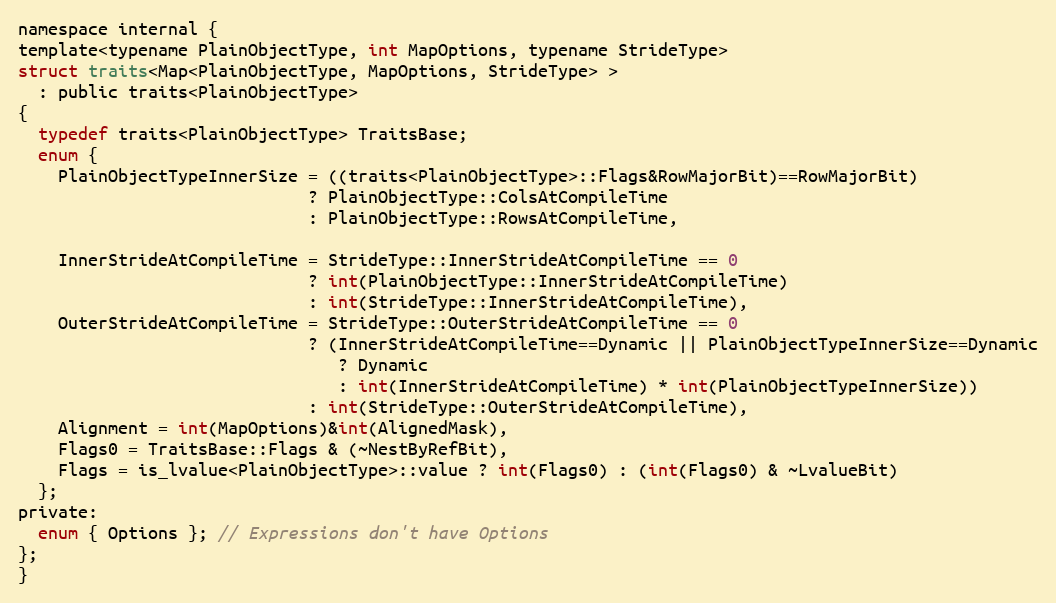
Language: C
namespace internal {
template<typename PlainObjectType, int MapOptions, typename StrideType>
struct traits<Map<PlainObjectType, MapOptions, StrideType> >
  : public traits<PlainObjectType>
{
  typedef traits<PlainObjectType> TraitsBase;
  enum {
    PlainObjectTypeInnerSize = ((traits<PlainObjectType>::Flags&RowMajorBit)==RowMajorBit)
                             ? PlainObjectType::ColsAtCompileTime
                             : PlainObjectType::RowsAtCompileTime,

    InnerStrideAtCompileTime = StrideType::InnerStrideAtCompileTime == 0
                             ? int(PlainObjectType::InnerStrideAtCompileTime)
                             : int(StrideType::InnerStrideAtCompileTime),
    OuterStrideAtCompileTime = StrideType::OuterStrideAtCompileTime == 0
                             ? (InnerStrideAtCompileTime==Dynamic || PlainObjectTypeInnerSize==Dynamic
                                ? Dynamic
                                : int(InnerStrideAtCompileTime) * int(PlainObjectTypeInnerSize))
                             : int(StrideType::OuterStrideAtCompileTime),
    Alignment = int(MapOptions)&int(AlignedMask),
    Flags0 = TraitsBase::Flags & (~NestByRefBit),
    Flags = is_lvalue<PlainObjectType>::value ? int(Flags0) : (int(Flags0) & ~LvalueBit)
  };
private:
  enum { Options }; // Expressions don't have Options
};
}